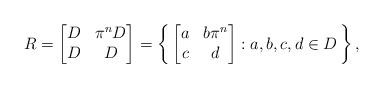
LaTeX: \begin{align*}R=\begin{bmatrix} D & \pi^nD \\ D & D \end{bmatrix}=\left\{\,\begin{bmatrix} a & b\pi^n \\ c & d \end{bmatrix} : a,b,c,d \in D\,\right\},\end{align*}